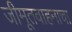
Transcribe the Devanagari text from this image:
जीमूतवाहनाचा